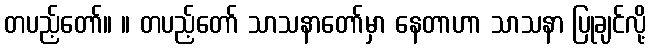
တပည့်တော်။ ။ တပည့်တော် သာသနာတော်မှာ နေတာဟာ သာသနာ ပြုချင်လို့